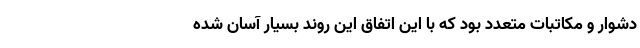
دشوار و مکاتبات متعدد بود که با این اتفاق این روند بسیار آسان شده